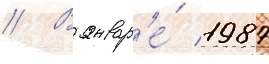
// В январ'е́ 1987